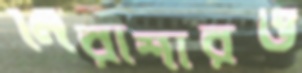
নিরাশারও